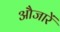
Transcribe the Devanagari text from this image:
औजारें